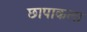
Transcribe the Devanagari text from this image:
छापाकला